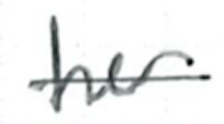
Text: her
Cross-out: single-line
Writing tool: ballpoint